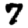
Digit: 7